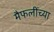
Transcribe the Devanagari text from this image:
मैफलींच्या